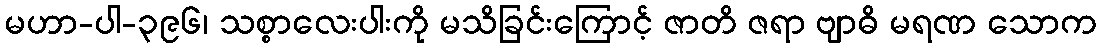
မဟာ-ပါ-၃၉၆၊ သစ္စာလေးပါးကို မသိခြင်းကြောင့် ဇာတိ ဇရာ ဗျာဓိ မရဏ သောက